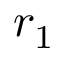
r _ { 1 }